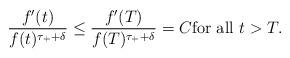
LaTeX: \begin{align*}\frac{f'(t)}{f(t)^{\tau_+ + \delta}}\leq \frac{f'(T)}{f(T)^{\tau_+ + \delta}}=C\textrm{for all } t > T.\end{align*}